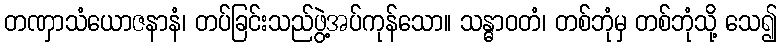
တဏှာသံယောဇနာနံ၊ တပ်ခြင်းသည်ဖွဲ့အပ်ကုန်သော။ သန္ဓာဝတံ၊ တစ်ဘုံမှ တစ်ဘုံသို့ သေ၍